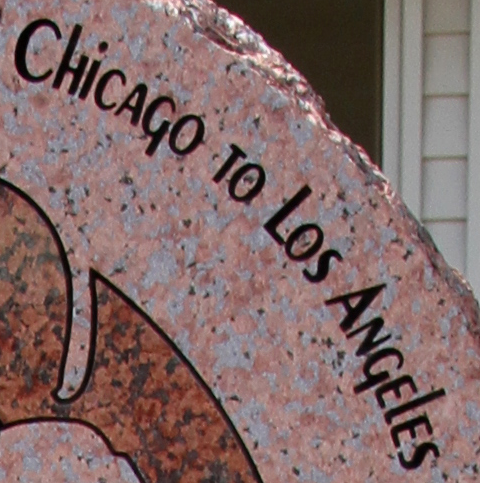
CHiCAGO TO LOS ANGELES